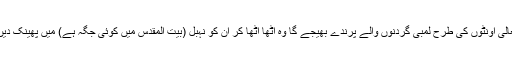
خدا تعالیٰ اونٹوں کی طرح لمبی گردنوں والے پرندے بھیجے گا وہ اٹھا اٹھا کر ان کو نَہبَل (بیت المقدس میں کوئی جگہ ہے) میں پھینک دیں گے۔